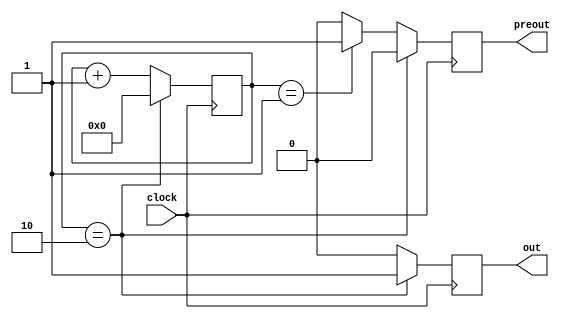
module up_counter(input clock, output reg out, preout);
reg [3:0] count = 4'b0;
always@(posedge clock)
begin
	
	//out is used in the control path and is output ever 15/60 seconds
	//So it outputs every 0.25 seconds, so just aver preout
	if(count == 4'b0010)
		begin
		out <= 1;
		count <= 0;
		preout <= 0;
		end
	else
		begin
		//Checks every 12 frames essentially, or in this case 12/60 seconds 
		//So it outputs 1 every 0.2 seconds
		if(count == 4'd0001)
			preout <= 1'b1;
		else begin
			preout <=1'b0;
		end
		count <= count+1'b1;
		out <= 1'b0;
		end
end
endmodule